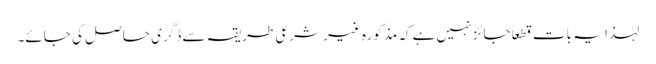
لہٰذا یہ بات قطعاً جائز نہیں ہے کہ مذکورہ غیر شرعی طریقہ سے ڈگری حاصل کی جائے۔